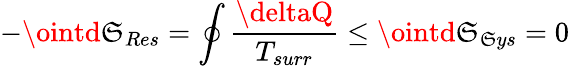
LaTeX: -\ointd\mathfrak{S}_{Res}=\oint{\frac{{\deltaQ}}{{T_{surr}}}}\leq\ointd\mathfrak{S}_{\mathfrak{S}ys}=0